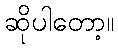
ဆိုပါတော့။